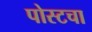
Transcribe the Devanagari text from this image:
पोस्टचा